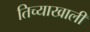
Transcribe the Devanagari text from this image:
तिच्याखाली